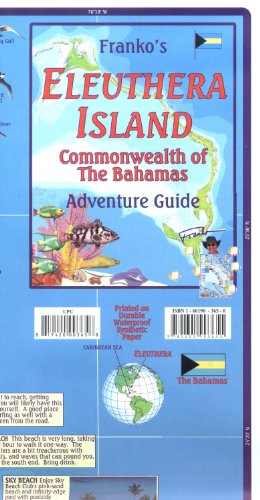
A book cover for Eleuthera Island (Bahamas) Visitor's Map & Guide FRANKO, 2013 edition; Travel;